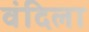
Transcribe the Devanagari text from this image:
वंदिला